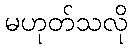
မဟုတ်သလို